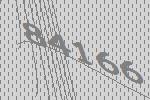
84166